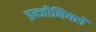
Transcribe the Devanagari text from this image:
इन्जीनियरों